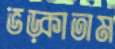
ভড়্‌কাতাম